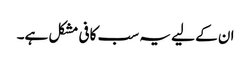
ان کے لیے یہ سب کافی مشکل ہے۔